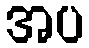
အပ